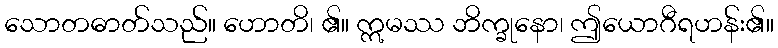
သောတဓာတ်သည်။ ဟောတိ၊ ၏။ ဣမဿ ဘိက္ခုနော၊ ဤယောဂီရဟန်း၏။